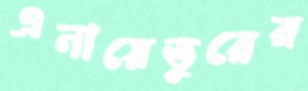
এনায়েতুরের